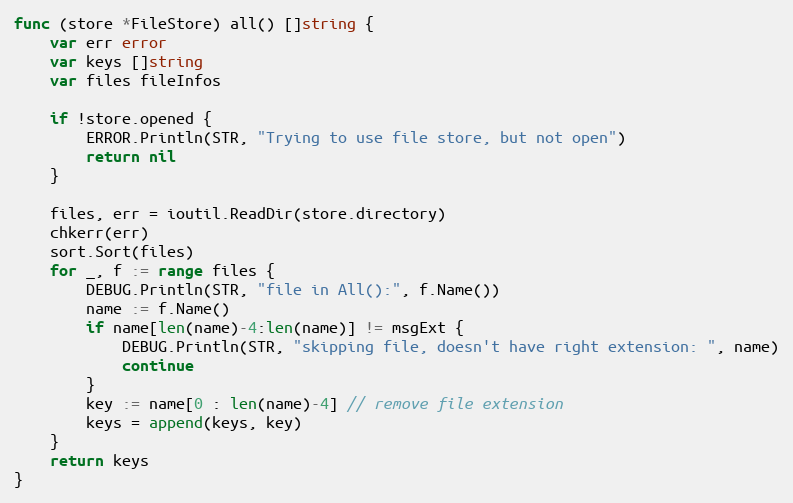
Language: Go
func (store *FileStore) all() []string {
	var err error
	var keys []string
	var files fileInfos

	if !store.opened {
		ERROR.Println(STR, "Trying to use file store, but not open")
		return nil
	}

	files, err = ioutil.ReadDir(store.directory)
	chkerr(err)
	sort.Sort(files)
	for _, f := range files {
		DEBUG.Println(STR, "file in All():", f.Name())
		name := f.Name()
		if name[len(name)-4:len(name)] != msgExt {
			DEBUG.Println(STR, "skipping file, doesn't have right extension: ", name)
			continue
		}
		key := name[0 : len(name)-4] // remove file extension
		keys = append(keys, key)
	}
	return keys
}